Statistical return of the lunatic asylum in Assam - 1912-1932
Year: 1912
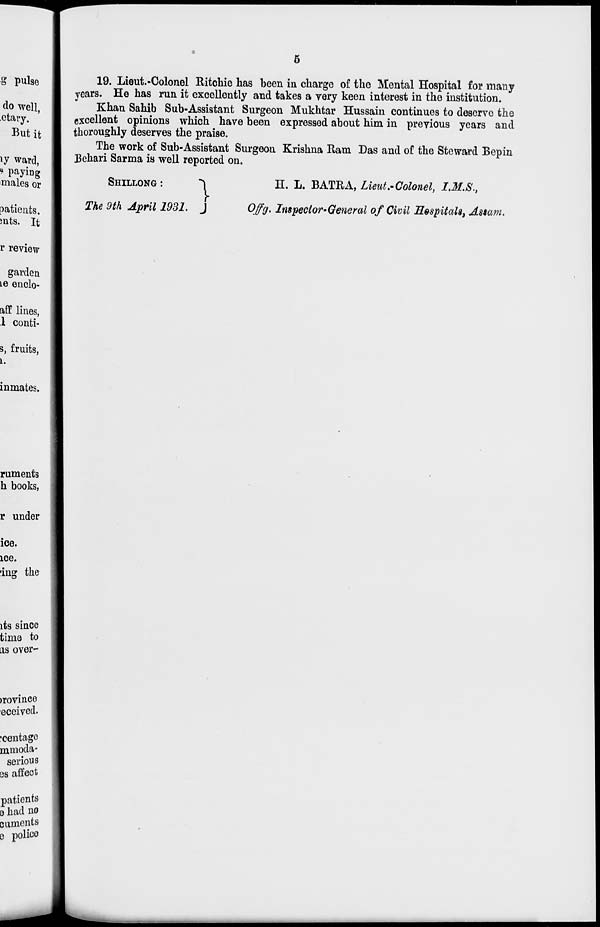
19. Lieut.-Colonel Ritchie has been in charge of the Mental Hospital for many
years. He has run it excellently and takes a very keen interest in the institution.
Khan Sahib Sub-Assistant Surgeon Mukhtar Hussain continues to deserve the
excellent opinions which have been expressed about him in previous years and
thoroughly deserves the praise.
The work of Sub-Assistant Surgeon Krishna Ram Das and of the Steward Bepin
Bchari Sarma is well reported on.
SHILLONG :
i
The 9 th April 1931. J
H. L. BATRA, Lieut.-Colonel, I.M.S.,
Offg. Inspector-General of Civil Hospitals, Assam.